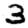
Digit: 3